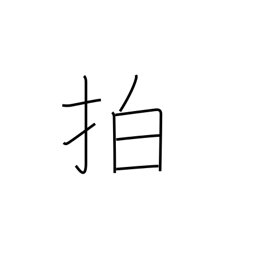
Meaning: clap